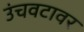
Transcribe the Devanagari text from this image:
उंचवटावर